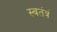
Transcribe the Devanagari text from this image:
स्वतंत्रं